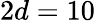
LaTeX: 2d=10